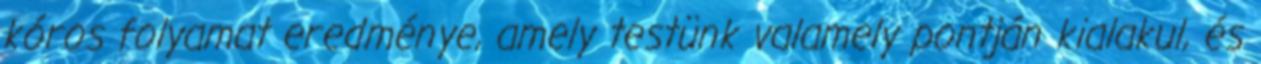
kóros folyamat eredménye, amely testünk valamely pontján kialakul, és